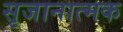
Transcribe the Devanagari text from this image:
सृजानात्मक